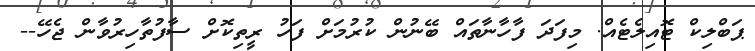
ޕަބްލިކް ޓޮއިލެޓެއް. މިފަދަ ފާހާނާތައް ބޭނުން ކުރުމަށް ފަހު ރީތިކޮށް ސާފުތާހިރުވާން ޖެހޭ--